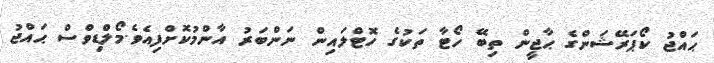
ޙައްޖު ކޯޕަރޭޝަންގެ ޙާޖީން ތިބޭ ހޯޓާ ތަކުގެ ހޮޓްލައިން ނަންބަރު އާންމުކޮށްފިއެވެ.މޯލްޑިވްސް ޙައްޖު